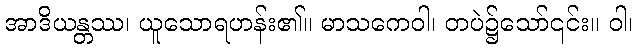
အာဒိယန္တဿ၊ ယူသောရဟန်း၏။ မာသကေဝါ၊ တပဲ၌သော်၎င်း။ ဝါ၊